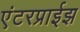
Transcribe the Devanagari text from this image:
एंटरप्राईझ